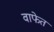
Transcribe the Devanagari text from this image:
वाफेत